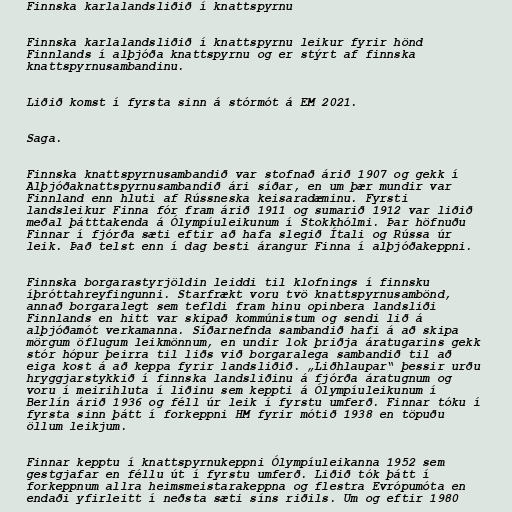
Finnska karlalandsliðið í knattspyrnu

Finnska karlalandsliðið í knattspyrnu leikur fyrir hönd
Finnlands í alþjóða knattspyrnu og er stýrt af finnska
knattspyrnusambandinu.

Liðið komst í fyrsta sinn á stórmót á EM 2021.

Saga.

Finnska knattspyrnusambandið var stofnað árið 1907 og gekk í
Alþjóðaknattspyrnusambandið ári síðar, en um þær mundir var
Finnland enn hluti af Rússneska keisaradæminu. Fyrsti
landsleikur Finna fór fram árið 1911 og sumarið 1912 var liðið
meðal þátttakenda á Ólympíuleikunum í Stokkhólmi. Þar höfnuðu
Finnar í fjórða sæti eftir að hafa slegið Ítali og Rússa úr
leik. Það telst enn í dag besti árangur Finna í alþjóðakeppni.

Finnska borgarastyrjöldin leiddi til klofnings í finnsku
íþróttahreyfingunni. Starfrækt voru tvö knattspyrnusambönd,
annað borgaralegt sem tefldi fram hinu opinbera landsliði
Finnlands en hitt var skipað kommúnistum og sendi lið á
alþjóðamót verkamanna. Síðarnefnda sambandið hafi á að skipa
mörgum öflugum leikmönnum, en undir lok þriðja áratugarins gekk
stór hópur þeirra til liðs við borgaralega sambandið til að
eiga kost á að keppa fyrir landsliðið. „Liðhlaupar“ þessir urðu
hryggjarstykkið í finnska landsliðinu á fjórða áratugnum og
voru í meirihluta í liðinu sem keppti á Ólympíuleikunum í
Berlín árið 1936 og féll úr leik í fyrstu umferð. Finnar tóku í
fyrsta sinn þátt í forkeppni HM fyrir mótið 1938 en töpuðu
öllum leikjum.

Finnar kepptu í knattspyrnukeppni Ólympíuleikanna 1952 sem
gestgjafar en féllu út í fyrstu umferð. Liðið tók þátt í
forkeppnum allra heimsmeistarakeppna og flestra Evrópumóta en
endaði yfirleitt í neðsta sæti síns riðils. Um og eftir 1980